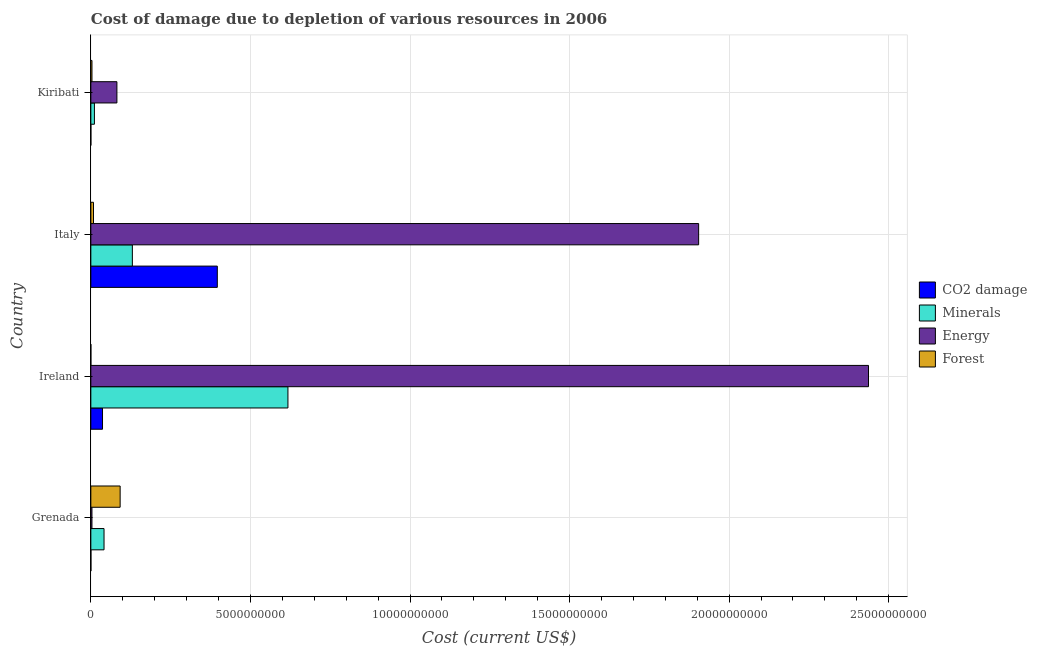
| Country | CO2 damage | Minerals | Energy | Forest |
 | --- | --- | --- | --- | --- |
 | Grenada | 1.95e+06 | 4.13e+08 | 3.48e+07 | 9.18e+08 |
 | Ireland | 3.65e+08 | 6.18e+09 | 2.44e+10 | 4.88e+05 |
 | Italy | 3.96e+09 | 1.3e+09 | 1.9e+10 | 8.31e+07 |
 | Kiribati | 5.88e+05 | 1.12e+08 | 8.17e+08 | 3.49e+07 |